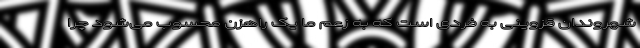
شهروندان قزوینی به فردی است که به زعم ما یک راهزن محسوب می‌شود چرا